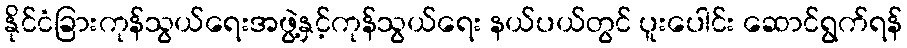
နိုင်ငံခြားကုန်သွယ်ရေးအဖွဲ့နှင့်ကုန်သွယ်ရေး နယ်ပယ်တွင် ပူးပေါင်း ဆောင်ရွက်ရန်